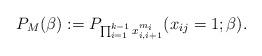
LaTeX: \begin{gather*}P_{M}(\beta):=P_{\prod _{i=1}^{k-1} x_{i,i+1}^{m_i}}(x_{ij}=1; \beta).\end{gather*}